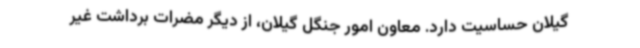
گیلان حساسیت دارد. معاون امور جنگل گیلان، از دیگر مضرات برداشت غیر